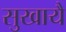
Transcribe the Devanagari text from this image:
सुखायै